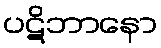
ပဋိဘာနော